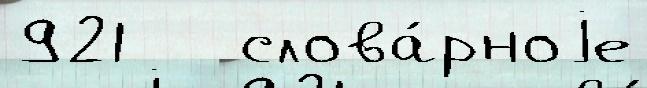
921   слова́рноjе